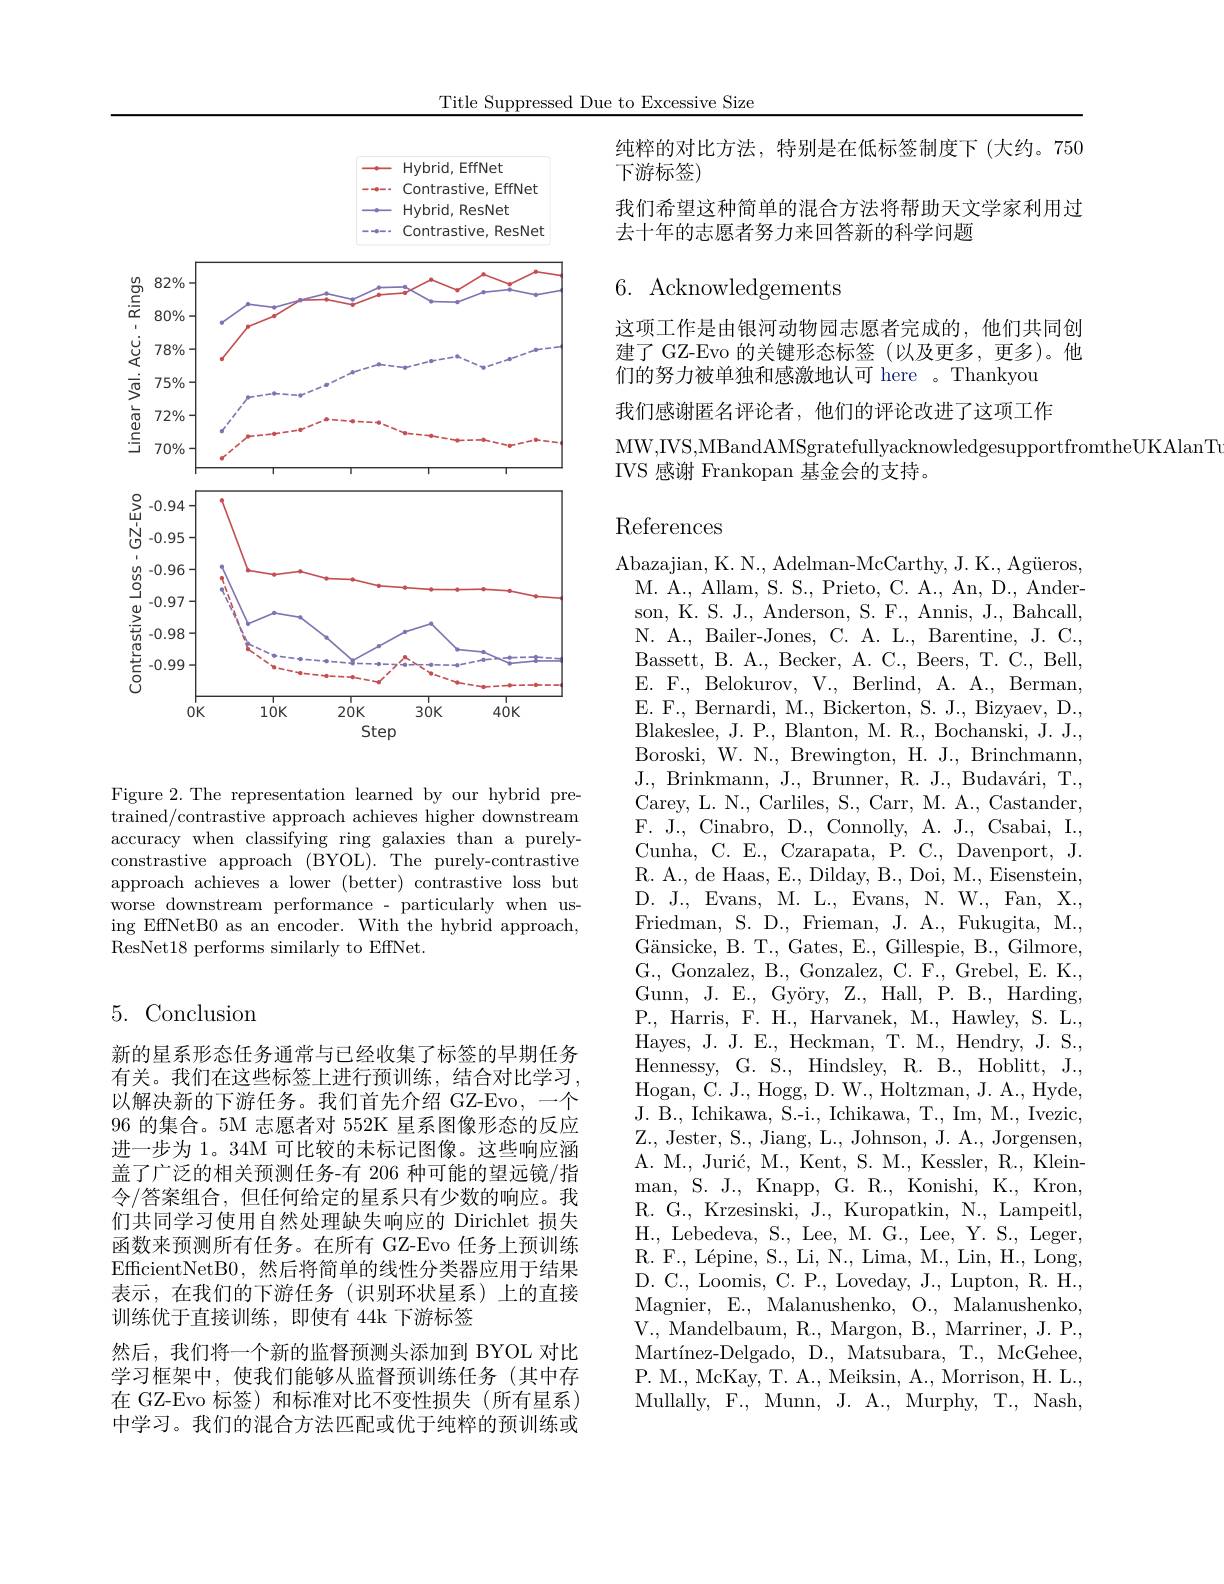
Title Suppressed Due to Excessive Size

<FigureHere>

Figure 2.The representation learned by our hybrid pretrained/contrastive approach achieves higher downstream accuracy when classifying ring galaxies than a purelyconstrastive approach (BYOL).The purely-contrastive approach achieves a lower (better) contrastive loss but worse downstream performance - particularly when using EffNetB0 as an encoder. With the hybrid approach, ResNet18 performs similarly to EffNet.

## 5.Conclusion

新的星系形态任务通常与已经收集了标签的早期任务有关。我们在这些标签上进行预训练，结合对比学习， 以解决新的下游任务。我们首先介绍 GZ-Evo, 一个96 的集合。5M 志愿者对 552K 星系图像形态的反应进一步为 1。34M 可比较的未标记图像。这些响应涵盖了广泛的相关预测任务-有 206 种可能的望远镜/指令/答案组合，但任何给定的星系只有少数的响应。我们共同学习使用自然处理缺失响应的 Dirichlet 损失函数来预测所有任务。在所有 GZ-Evo 任务上预训练EfficientNetB0,然后将简单的线性分类器应用于结果表示，在我们的下游任务(识别环状星系)上的直接训练优于直接训练，即使有 44k 下游标签
然后，我们将一个新的监督预测头添加到 BYOL 对比学习框架中，使我们能够从监督预训练任务(其中存在 GZ-Evo 标签) 和标准对比不变性损失(所有星系) 中学习。我们的混合方法匹配或优于纯粹的预训练或

纯粹的对比方法，特别是在低标签制度下(大约。750
下游标签)
我们希望这种简单的混合方法将帮助天文学家利用过
去十年的志愿者努力来回答新的科学问题

6. Acknowledgements

这项工作是由银河动物园志愿者完成的，他们共同创建了 GZ-Evo 的关键形态标签(以及更多，更多)。他们的努力被单独和感激地认可 here 。Thankyou

我们感谢匿名评论者，他们的评论改进了这项工作
MW,IVS,MBandAMSgratefullyacknowledgesupportfromtheUKAlanTv
IVS 感谢 Frankopan 基金会的支持。

References

Abazajian, K. N., Adelman-McCarthy, J. K., Agüeros,
M. A. , Allam, S. S. , Prieto, C. A. , An, D. , Ander- son, K. S. J., Anderson, S. F., Annis, J., Bahcall, N. A., Bailer-Jones, C. A. L., Barentine, J. C., Bassett, B. A. , Becker, A. C. , Beers, T. C. , Bell, E. F., Belokurov, V., Berlind, A. A., Berman, E. F. Bernardi, M., Bickerton, S. J., Bizyaev, D., Blakeslee, J. P. , Blanton, M. R. , Bochanski, J. J. Boroski, W. N. $R. , Brewington, H. J. , Brinchmann$, J. , Brinkmann, J. , Brunner, R. J. , Budav$\' {a}$ri, T. , Carey, L. N., Carliles, S., Carr, M. A., Castander, F. J., Cinabro, D., Connolly, A. J., Csabai, I., Cunha, C. E., Czarapata, P. C., Davenport, J. R. A., de Haas, E., Dilday, B., Doi, M., Eisenstein, D. J. J. Evans, $ ^{\prime }$M. L. , Evans, N. W. , Fan, X. , Friedman, S. D., Frieman, J. A., Fukugita, M., Gänsicke, B. T., Gates, E., Gillespie, B., Gilmore, G., Gonzalez, B., Gonzalez, C. F., Grebel, E. K. Gunn, J. E., Györy, Z., Hall, P. B., Harding, P., Harris, F. H., Harvanek, M., Hawley, S. L., Hayes, J. J. E. , Heckman, T. M. , Hendry, J. S. , Hennessy, G. S., Hindsley, R. B., Hoblitt, J., Hogan, C. J., Hogg, D. W., Holtzman, J. A., Hyde, J. B., Ichikawa, S.-i., Ichikawa, T., Im, M., Ivezic, Z. , Jester, S. , Jiang, L. , Johnson, J. A. , Jorgensen, A. M. Jurić, M., Kent, S. M., Kessler, R., Kleinman, S. J., Knapp, G. R., Konishi, K., Kron, R. G., Krzesinski, J., Kuropatkin, N., Lampeitl, H. , Lebedeva, S. , Lee, M. $\tilde{G}$. , Lee, Y. S. , Leger, R. F. , L$\' {e}$pine, S. , Li, N. , Lima, M. , Lin, H. , Long, D. C., Loomis, C. P., Loveday, J., Lupton, R. H. Magnier, E., Malanushenko, O., Malanushenko, V., Mandelbaum, R., Margon, B., Marriner, J. P., Martínez-Delgado, D., Matsubara, T., McGehee, P. M., McKay, T. A., Meiksin, A., Morrison, H. L., Mullally, F., Munn, J. A., Murphy, T., Nash,